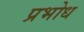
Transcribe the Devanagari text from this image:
प्रभोध